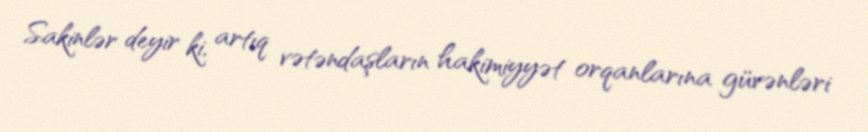
Sakinlər deyir ki, artıq vətəndaşların hakimiyyət orqanlarına güvənləri